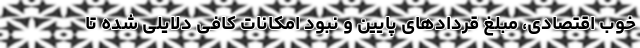
خوب اقتصادی، مبلغ قردادهای پایین و نبود امکانات کافی دلایلی شده تا